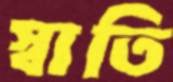
স্বাতি